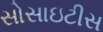
સોસાઇટીસ